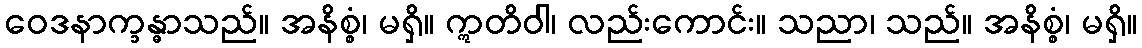
ဝေဒနာက္ခန္ဓာသည်။ အနိစ္စံ၊ မရှိ။ ဣတိဝါ၊ လည်းကောင်း။ သညာ၊ သည်။ အနိစ္စံ၊ မရှိ။